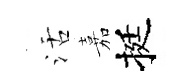
活嘉挺